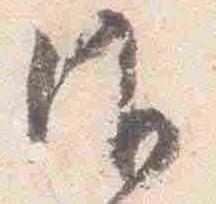
御